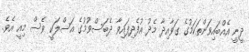
ދީނީ އެއްބައިވަންތަކަމުގެ ގަވާއިދާ މެދު އުފެދިފައިވާ ދެބަސްވުމުގެ އަސްލަކީ ވެސް މިއީ އެވެ.